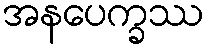
အနပေက္ခဿ